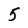
Character: 5